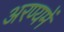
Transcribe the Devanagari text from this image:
अरण्यमें